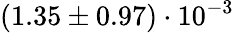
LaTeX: (1.35\pm 0.97)\cdot 10^{-3}